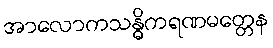
အာလောကသန္ဓိကရဏမတ္တေန